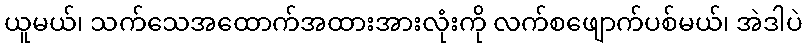
ယူမယ်၊ သက်သေအထောက်အထားအားလုံးကို လက်စဖျောက်ပစ်မယ်၊ အဲဒါပဲ